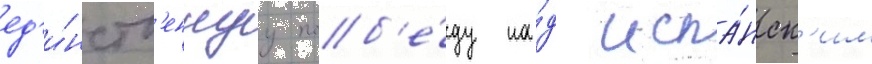
ед'и́нств'еннуу поб'е́ду на́д испа́нск'им